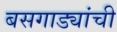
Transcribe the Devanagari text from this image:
बसगाड्यांची